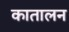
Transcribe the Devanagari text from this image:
कातालन